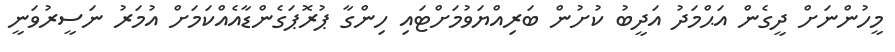
މީހުންނަށް ދީގެން އަޙްމަދު އަދީބު ކުށުން ބަރިއްޔަވުމަށްޓައި ހިންގާ ޕުރޮޕަގެންޑާއެއްކަމަށް އުމަރު ނަސީރުވަނީ